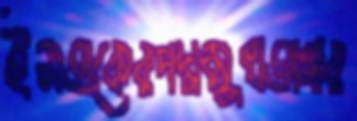
ইসহাকেরপদ্মমুখভাগার